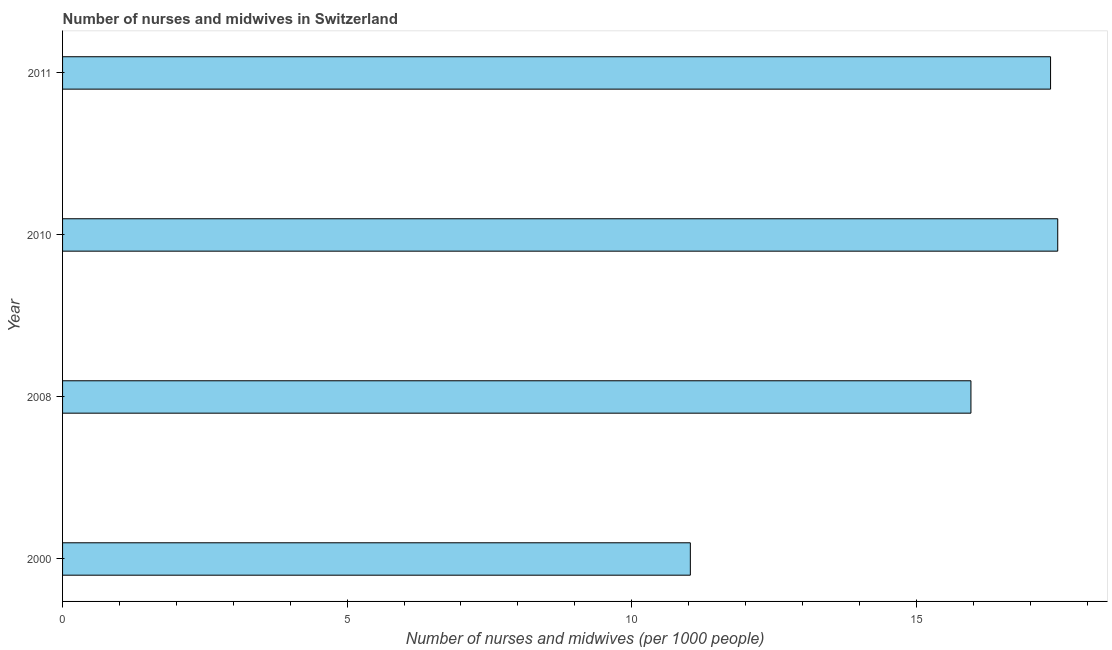
| Year | Nurses and midwives |
 | --- | --- |
 | 2000 | 11 |
 | 2008 | 16 |
 | 2010 | 17.5 |
 | 2011 | 17.4 |